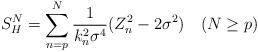
LaTeX: \begin{align*} S_H^N = \sum_{n=p}^N \frac 1 {k_n^{2}\sigma^4} (Z_n^2 -2\sigma^2)\quad(N \geq p) \end{align*}